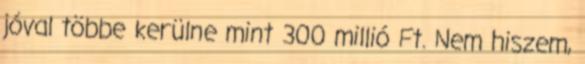
jóval többe kerülne mint 300 millió Ft. Nem hiszem,